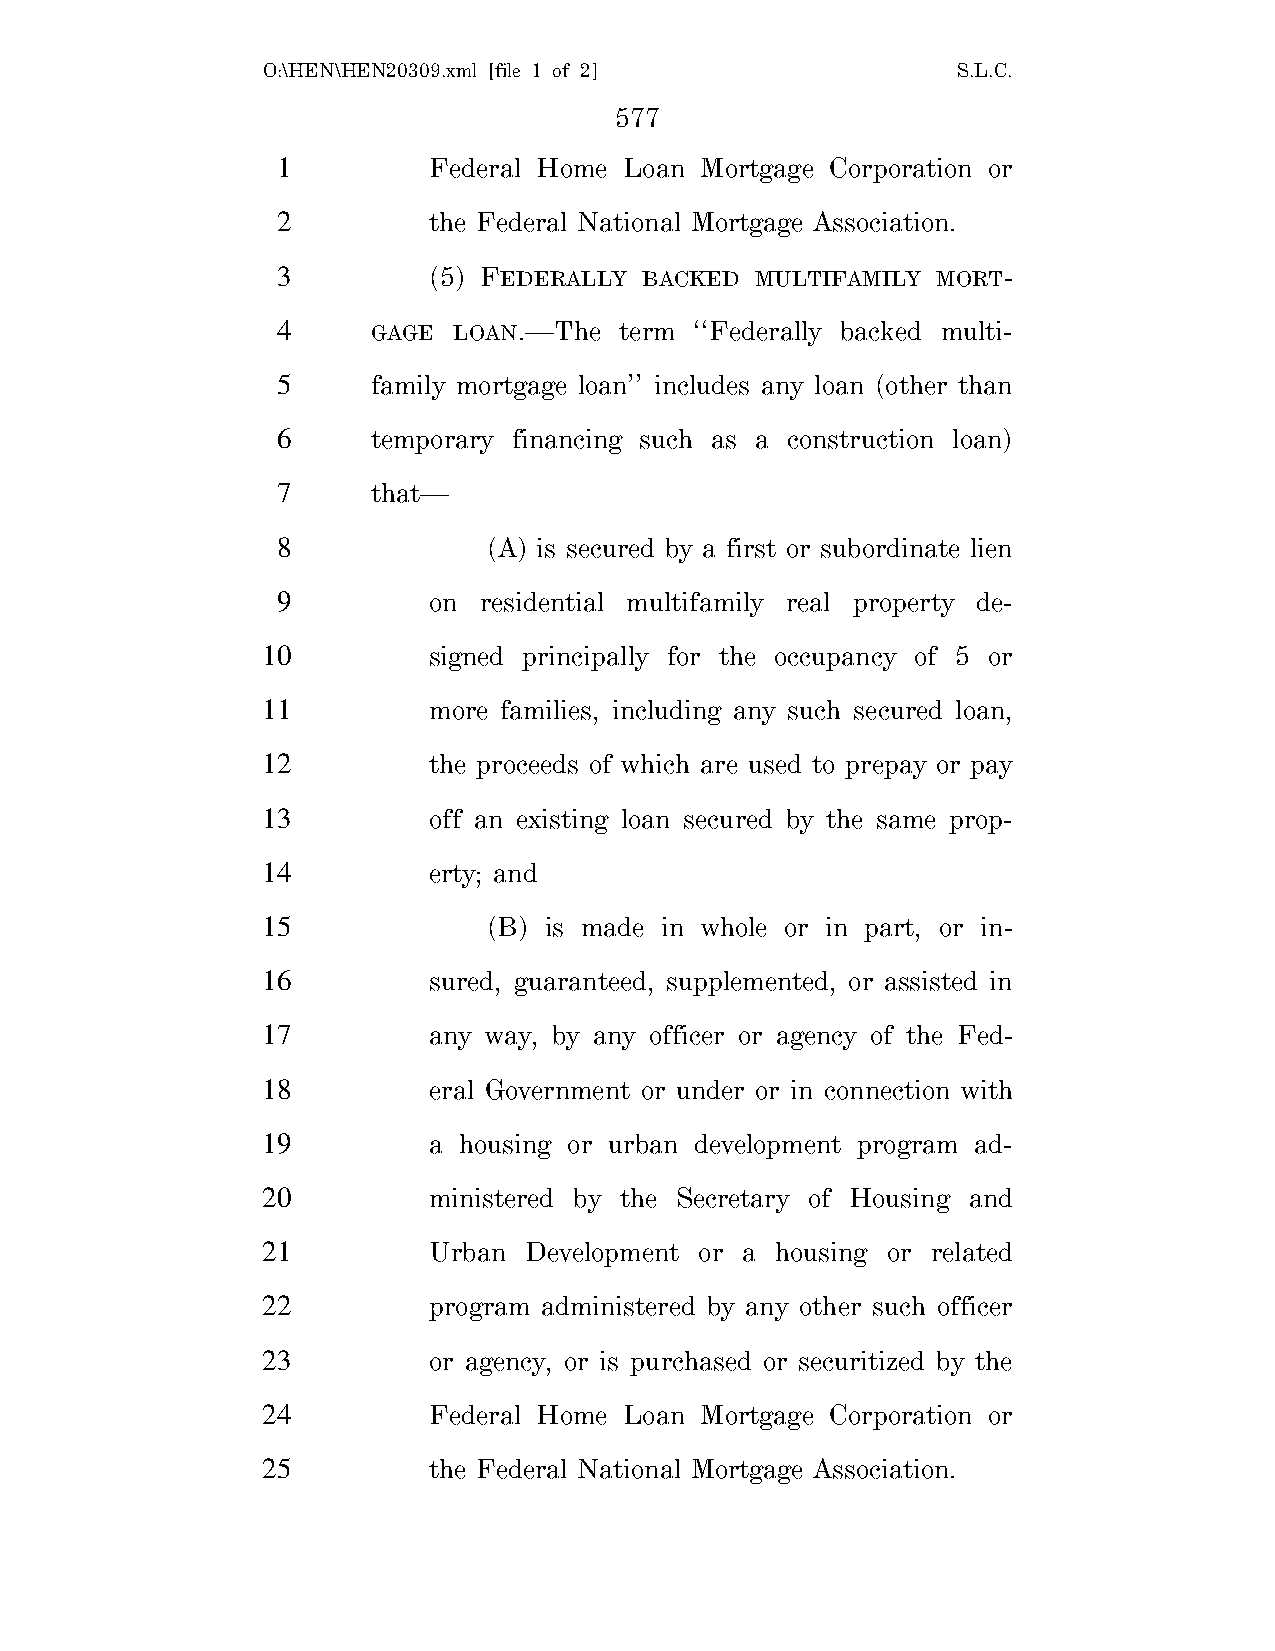
O:\HEN\HEN20309.xml [file 1 of 2]             S.L.C.
 577
 1         Federal Home Loan Mortgage Corporation or
 2         the Federal National Mortgage Association.
 3         (5) FEDERALLY  BACKED MULTIFAMILY MORT-
 4      GAGE LOAN.—The  term ‘‘Federally backed multi-
 5      family mortgage loan’’ includes any loan (other than
 6      temporary financing such as a construction loan)
 7      that—
 8             (A) is secured by a first or subordinate lien
 9         on  residential multifamily real property de-
 10         signed principally for the occupancy of 5 or
 11         more families, including any such secured loan,
 12         the proceeds of which are used to prepay or pay
 13         off an existing loan secured by the same prop-
 14         erty; and
 15             (B) is made in whole or in part, or in-
 16         sured, guaranteed, supplemented, or assisted in
 17         any way, by any officer or agency of the Fed-
 18         eral Government or under or in connection with
 19         a housing or urban development program ad-
 20         ministered by the Secretary of Housing and
 21         Urban  Development or a housing or related
 22         program administered by any other such officer
 23         or agency, or is purchased or securitized by the
 24         Federal Home Loan Mortgage Corporation or
 25         the Federal National Mortgage Association.